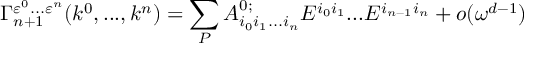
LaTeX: \Gamma _ { n + 1 } ^ { \varepsilon ^ { 0 } . . . \varepsilon ^ { n } } ( k ^ { 0 } , . . . , k ^ { n } ) = \sum _ { P } A _ { i _ { 0 } i _ { 1 } . . . i _ { n } } ^ { 0 ; } E ^ { i _ { 0 } i _ { 1 } } . . . E ^ { i _ { n - 1 } i _ { n } } + o ( \omega ^ { d - 1 } )